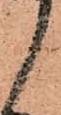
候